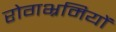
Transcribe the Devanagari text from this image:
रोगभ्रमियों